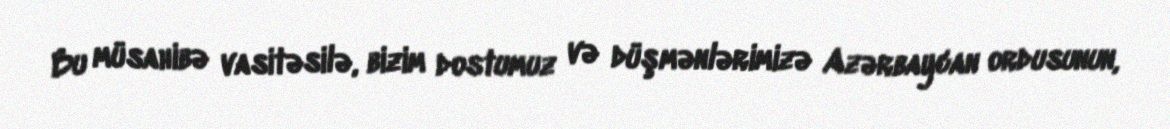
Bu müsahibə vasitəsilə, bizim dostumuz və düşmənlərimizə Azərbaycan ordusunun,